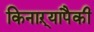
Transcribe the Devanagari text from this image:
किनाऱ्यापैकी